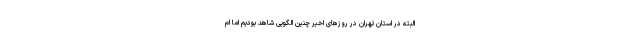
البته در استان تهران در روزهای اخیر چنین الگویی شاهد بودیم اما ام